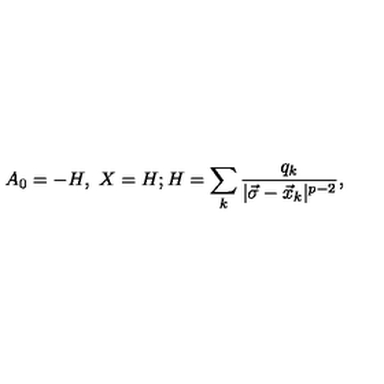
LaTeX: A _ { 0 } = - H , \ X = H ; H = \sum _ { k } { \frac { q _ { k } } { | \vec { \sigma } - \vec { x } _ { k } | ^ { p - 2 } } } ,